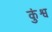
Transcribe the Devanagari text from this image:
कुंश्व